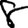
Digit: 8